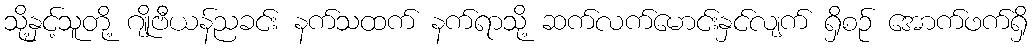
သို့နှင့်သူတို့ ဂျိုဗီယန်ညခင်း နက်သထက် နက်ရာသို့ ဆက်လက်မောင်းနှင်လျက် ရှိစဉ် အောက်ဖက်ရှိ